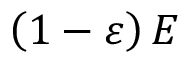
\left( 1 - \varepsilon \right) E